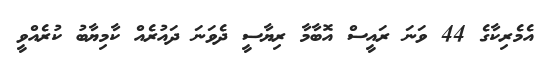
އެމެރިކާގެ 44 ވަނަ ރައީސް އޮބާމާ ރިޔާސީ ދެވަނަ ދައުރެއް ކާމިޔާބު ކުރެއްވީ